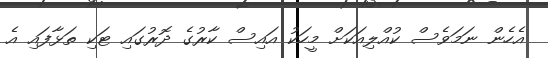
އެހެން ނަަމަވެސް ކުއްލިއަކަށް މީހަކު އައިސް ކާރުގެ ދޮރުގައި ޓަކި ތަޅާފައި އެ